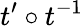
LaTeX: t^{\prime}\circ t^{-1}